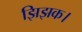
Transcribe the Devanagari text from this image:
झिझक।